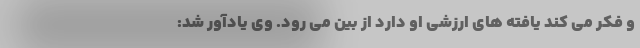
و فکر می کند یافته های ارزشی او دارد از بین می رود. وی یادآور شد: